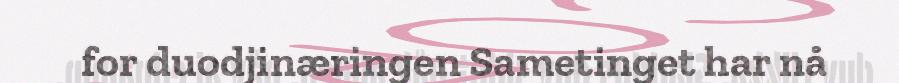
for duodjinæringen Sametinget har nå